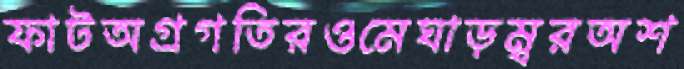
ফাটঅগ্রগতিরওমেঘাড়ম্বরঅশ